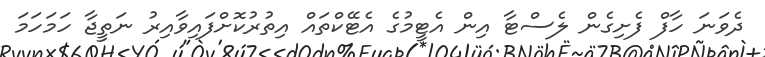
ދެވަނަ ހާފް ފެށިގެން ލެސްޓާ އިން އެޓީމުގެ އެޓޭކްތައް އިތުރުކޮށްފައިވާއިރު ނަތީޖާ ހަމަހަމަ